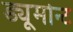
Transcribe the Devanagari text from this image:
ड्यूमोन्ट